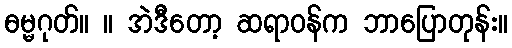
ဓမ္မဂုတ်။ ။ အဲဒီတော့ ဆရာဝန်က ဘာပြောတုန်း။